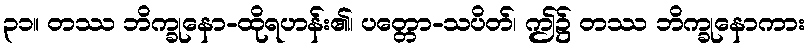
၃၁။ တဿ ဘိက္ခုနော-ထိုရဟန်း၏၊ ပတ္တော-သပိတ်၊ ဤ၌ တဿ ဘိက္ခုနောကား